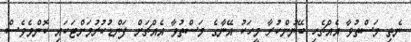
ނެތި މަސްތުވާ އެއްޗެހި ބޭނުންކުރާ މީހަކު އޭނާގެ މަސްތުވާ އެއްޗަށް ފަންޑުކުރުމަށްޓަކައި ކޮންމެވެސް